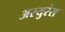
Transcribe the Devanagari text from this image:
अस्युरंस